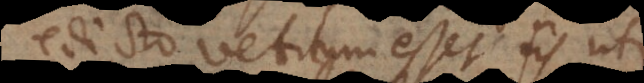
edicto vetitum esset iis uti,